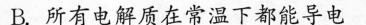
B.所有电解质在常温下都能导电